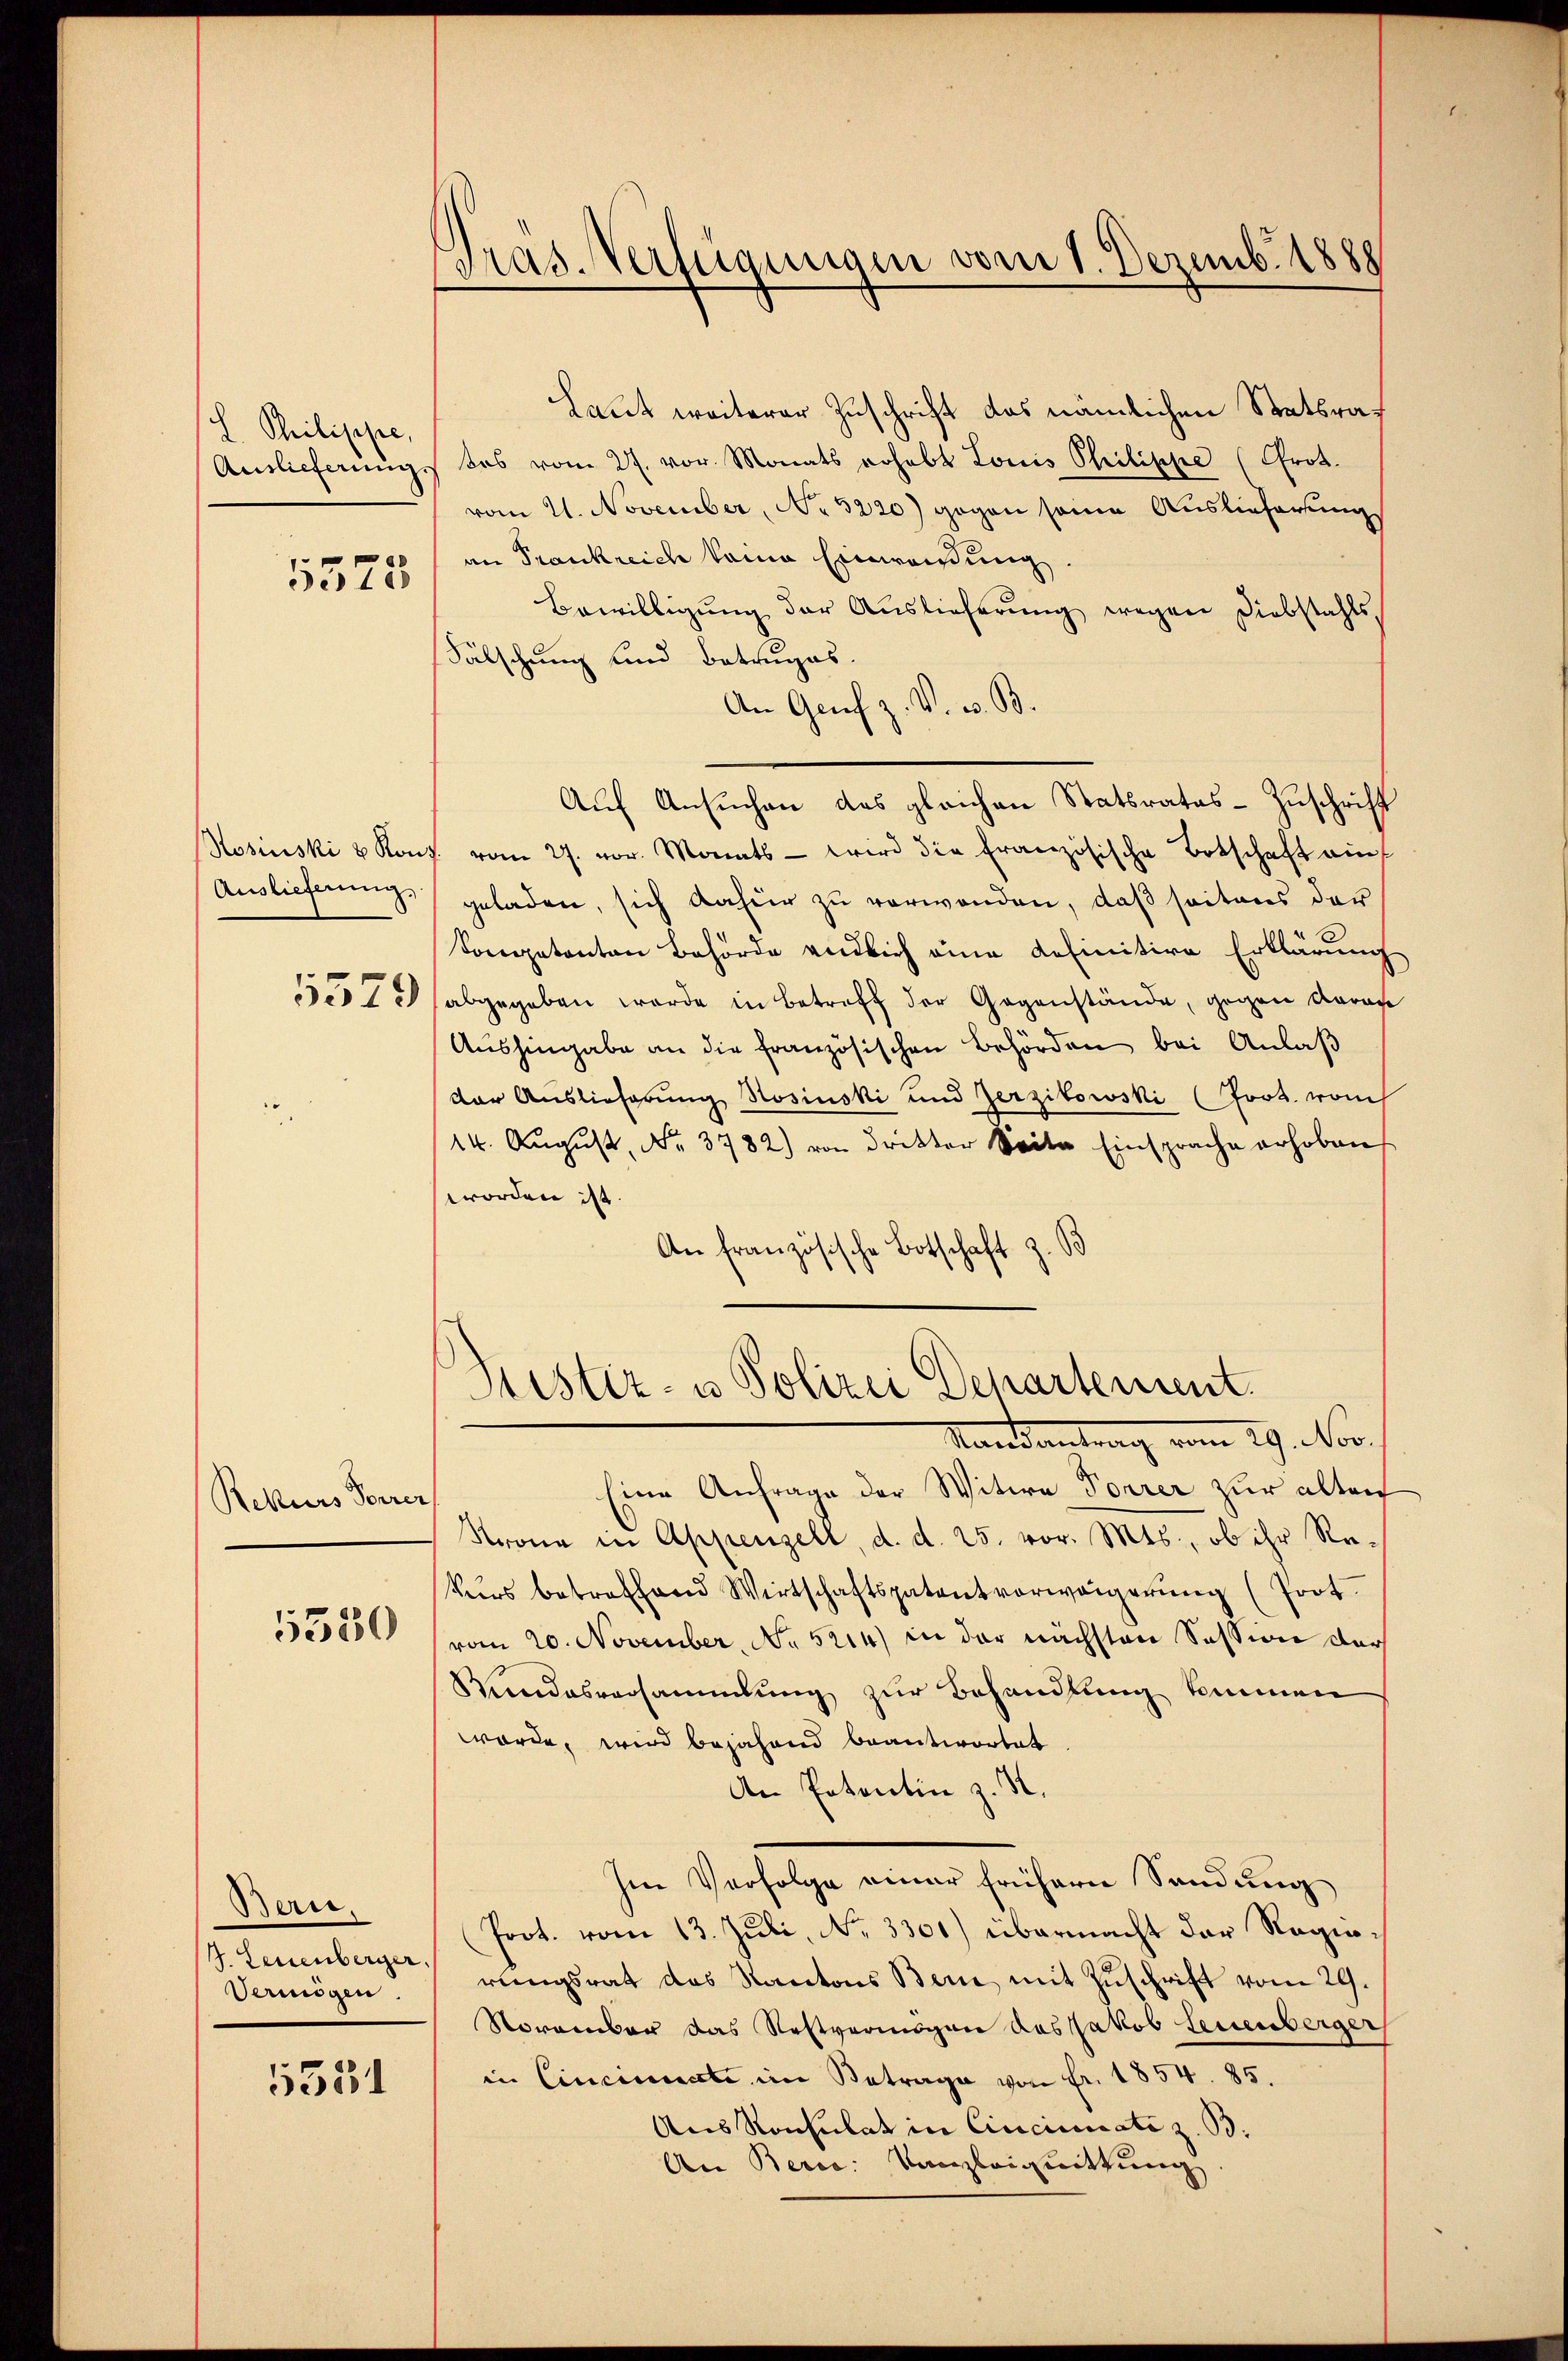
L. Philippe,
Auslieferung
5575

Auslieferung.

Rekurs Forrer,

5330

Bern.
J. Leuenberger.
Vermögen

5351

Tras. Verfügungen vom 1. Dezemb. 1888

Laut weiterer Zuschrift das nämlichen Statsrat
tos vom 27. vor. Monats rohabt Louis Philippe (Frot.
vom 21. November, No 5220) gegen seine Auslieferung
an Frankreich keine Einweisung
Bewilligŭng der Auslieferung wegen Diebstahls,
Fälschung und Betruges.
An Genf z. V. v. B.
Aŭf Ansŭchen des gleichen Statsrates Zuschrift
Hosinski u Konz. vom 27. vor. Monats - wird die französische Totschaft auf
geladen, sich daher zu verwenden, daß seitens der
Sompetenten Behörde endlich eine definitive Erklärung
352 (abgegeben werde in Betreff der Gegenstände, gegen daran
Aushingabe an die französischen Behörden bei Anlaß
der Auslieferung Rosinski und Zerzitowski (Joos. vom
14. August, Nr. 3782) von dritter Seite Einsprache erhoben
worden ist.
An französische Botschaft z. B

Sistiz- u Polizei Departement.
Randantrag vom 29. Nov.

Eine Anfrage der Witwe Forrer zur alten
Krona in Appenzell, d. d. 25. vor. Mts., ob ihr Rekurs betreffend Wirtschaftspatentverweigerŭng (Prot
(vom 20. November, No. 5214) in der nächsten Session der
Mandesversammlung zur Behandlung kommen
würde, wird bejahend beantwortet
An Patentin z. S.
Im Verfolge einer frühern Sendung
Prot. vom 13. Juli, No. 3301) übermacht der Ragiorungsrat des Kantons Bern mit Zŭschrift vom 29.
Soramber das Restvermögen das Jakob Leuenberger
in Cincinate im Betrage von Fr. 1854. 85.
Aus Konsulat in Cincinicati z. B.
An Berce Kanzleiquittung